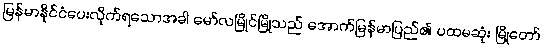
မြန်မာနိုင်ငံပေးလိုက်ရသောအခါ မော်လမြိုင်မြို့သည် အောက်မြန်မာပြည်၏ ပထမဆုံး မြို့တော်